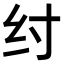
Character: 纣